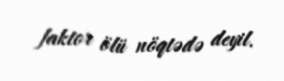
faktor ölü nöqtədə deyil.